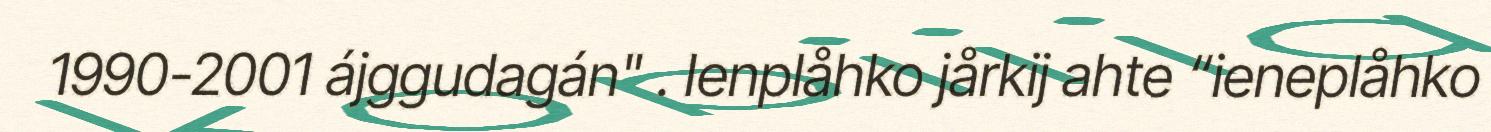
1990-2001 ájggudagán" . Ienplåhko jårkij ahte “ieneplåhko